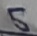
Text: 5